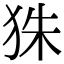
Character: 𤝹